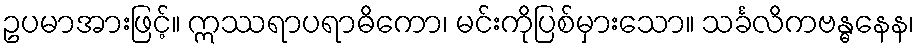
ဥပမာအားဖြင့်။ ဣဿရာပရာဓိကော၊ မင်းကိုပြစ်မှားသော။ သင်္ခလိကဗန္ဓနေန၊